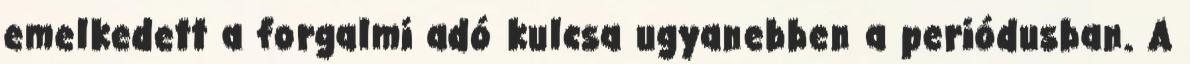
emelkedett a forgalmi adó kulcsa ugyanebben a periódusban. A